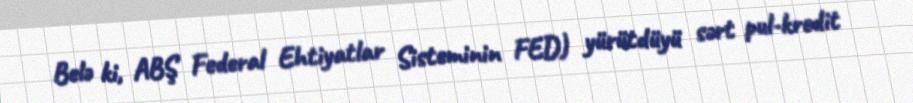
Belə ki, ABŞ Federal Ehtiyatlar Sisteminin FED) yürütdüyü sərt pul-kredit